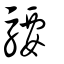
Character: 騕